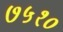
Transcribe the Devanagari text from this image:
७५१०